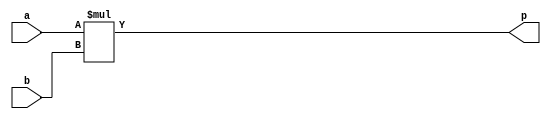
`timescale 1ns/1ps

module multiplier #( parameter N = 4 ) (
    input [N-1:0] a, b,
    output [2*N-1:0] p
);
    assign p = a * b;
endmodule

module SDFF (
    input clk, rst_n, d, scan_in, scan_en,
    output reg q
);
    always @(posedge clk)
        if (rst_n)
            q <= scan_en ? scan_in : d;
        else
            q <= 1'b0;
endmodule

module Scan_Chain_Design(clk, rst_n, scan_in, scan_en, scan_out);
input clk;
input rst_n;
input scan_in;
input scan_en;
output scan_out;

wire [7:0] p;
wire [6:0] w;

// SDFF sdff0(clk, rst_n, p[0], scan_in, w[0]),
//      sdff1(clk, rst_n, p[1], w[0], w[1]),
//      sdff2(clk, rst_n, p[2], w[1], w[2]);
// ...

SDFF sdff[7:0]({8{clk}}, {8{rst_n}}, p, {scan_in, w[6:0]}, {8{scan_en}}, {w[6:0], scan_out});
multiplier m(w[6:3], {w[2:0], scan_out}, p);

endmodule